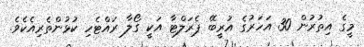
މީގެ އިތުރުން 30 އަހަރުގެ އުރީބޭ ޕެރަލްޓާ އަކީ ގޯލާ ރައްޓެހި ކުޅުންތެރިއެކެވެ.